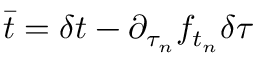
\bar { t } = \delta t - { \partial _ { \tau _ { n } } f _ { t _ { n } } } \delta \tau